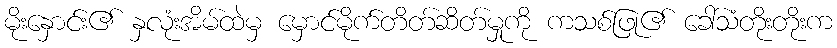
မိုးနှောင်း၏ နှလုံးအိမ်ထဲမှ မှောင်မိုက်တိတ်ဆိတ်မှုကို ကသစ်ဖြု၏ ခေါ်သံတိုးတိုးက